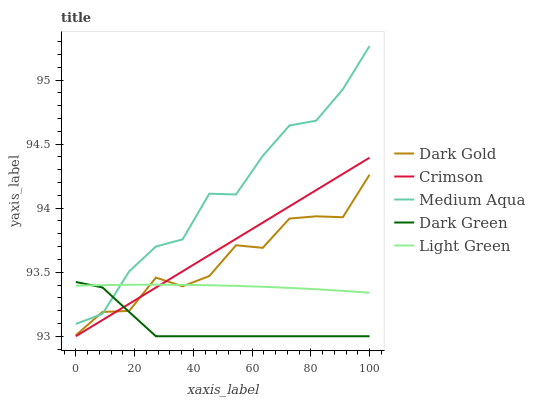
| xaxis_label | Dark Gold | Crimson | Medium Aqua | Dark Green | Light Green |
 | --- | --- | --- | --- | --- | --- |
 | 0 | 93 | 93 | 93.1 | 93.4 | 93.4 |
 | 9.09 | 93.2 | 93.1 | 93.2 | 93.4 | 93.4 |
 | 18.2 | 93.2 | 93.3 | 93.5 | 93.2 | 93.4 |
 | 27.3 | 93.5 | 93.4 | 93.7 | 93 | 93.4 |
 | 36.4 | 93.4 | 93.5 | 93.8 | 93 | 93.4 |
 | 45.5 | 93.5 | 93.6 | 94.1 | 93 | 93.4 |
 | 54.5 | 93.7 | 93.8 | 94.1 | 93 | 93.4 |
 | 63.6 | 93.7 | 93.9 | 94.4 | 93 | 93.4 |
 | 72.7 | 93.9 | 94 | 94.6 | 93 | 93.4 |
 | 81.8 | 93.9 | 94.1 | 94.7 | 93 | 93.4 |
 | 90.9 | 93.9 | 94.3 | 94.9 | 93 | 93.4 |
 | 100 | 94.3 | 94.4 | 95.3 | 93 | 93.3 |